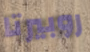
روبيرتا